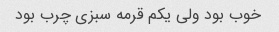
خوب بود ولی یکم قرمه سبزی چرب بود